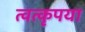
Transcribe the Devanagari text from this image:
त्वत्कृपया